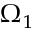
\Omega _ { 1 }